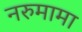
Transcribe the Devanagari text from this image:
नरुमामा